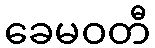
ခေမဝတီ